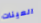
العينات